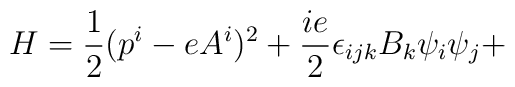
H=\frac{1}{2}(p^{i}-eA^{i})^{2} +\frac{ie}{2}\epsilon _{ijk}B_{k}\psi_{i}\psi _{j}+